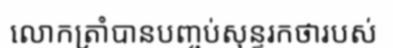
លោកត្រាំបានបញ្ចប់សុន្ទរកថារបស់